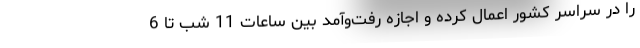
را در سراسر کشور اعمال کرده و اجازه رفت‌و‌آمد بین ساعات 11 شب تا 6